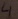
Text: 4